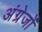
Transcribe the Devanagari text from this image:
अंग्रेजोंं